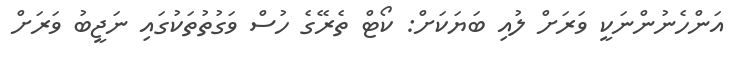
އަންހެނުންނަކީ ވަރަށް ލުއި ބަޔަކަށް: ކޯޓް ތެރޭގެ ހުސް ވަގުތުތަކުގައި ނަޖީބު ވަރަށް